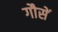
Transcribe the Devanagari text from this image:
गौसें